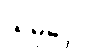
သမုဒ္ဒေါ